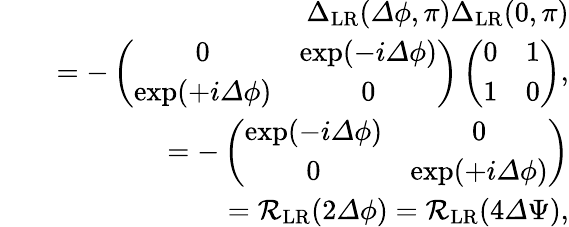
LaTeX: \begin{array}{rlr}&{}&{{\Delta}_{\mathrm{LR}}({\mathit\Delta\phi},\pi){\Delta}_{\mathrm{LR}}(0,\pi)}\\ &{}&{=-\left(\begin{array}{cc}{0}&{\exp(-i{\mathit\Delta\phi})}\\ {\exp(+i{\mathit\Delta\phi})}&{0}\end{array}\right)\left(\begin{array}{cc}{0}&{1}\\ {1}&{0}\end{array}\right),}\\ &{}&{=-\left(\begin{array}{cc}{\exp(-i{\mathit\Delta\phi})}&{0}\\ {0}&{\exp(+i{\mathit\Delta\phi})}\end{array}\right)}\\ &{}&{=\mathcal{R}_{\mathrm{LR}}(2{\mathit\Delta\phi})=\mathcal{R}_{\mathrm{LR}}(4{\mathit\Delta\Psi}),}\end{array}